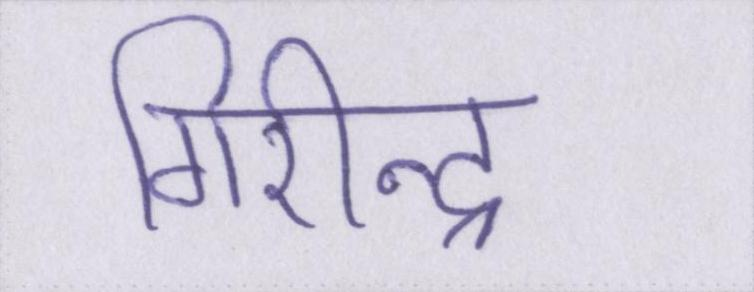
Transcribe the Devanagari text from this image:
गिरीन्द्र